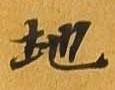
地